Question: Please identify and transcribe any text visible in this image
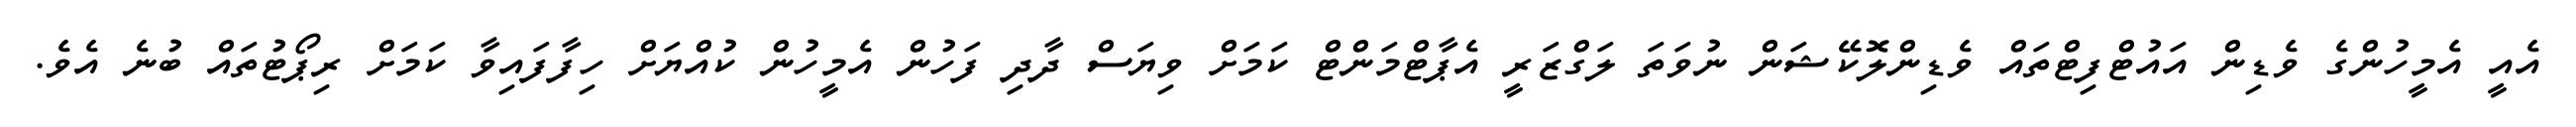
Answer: އެއީ އެމީހުންގެ ވެޑިން އައުޓްފިޓްތައް ވެޑިންލޮކޭޝަން ނުވަތަ ލަގްޒަރީ އެޕާޓްމަންޓް ކަމަށް ވިޔަސް ދާދި ފަހުން އެމީހުން ކުއްޔަށް ހިފާފައިވާ ކަމަށް ރިޕޯޓުތައް ބުނެ އެވެ.